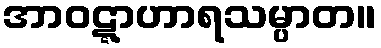
အာဝဋ္ဋာဟာရသမ္ပာတ။